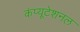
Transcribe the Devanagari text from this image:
कंप्‍यूटेशनल